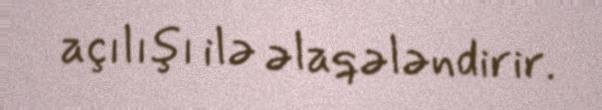
açılışı ilə əlaqələndirir.